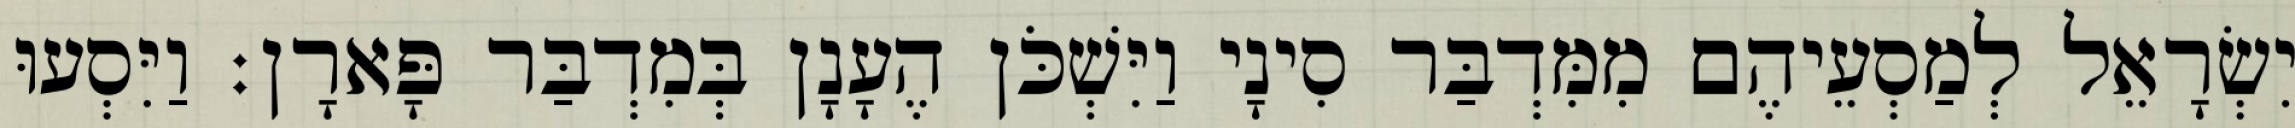
יִשְׂרָאֵל לְמַסְעֵיהֶם מִמִּדְבַּר סִינָי וַיִּשְׁכֹּן הֶעָנָן בְּמִדְבַּר פָּארָן׃ וַיִּסְעוּ